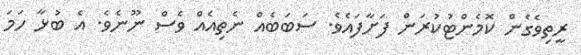
ރީތިވެގެން ކޮމެންޓުކުރަން ފަށާފައެވެ. ސަބަބެއް ނެތިއެއް ވެސް ނޫނެވެ. އެ ބުޅާ ހަމަ